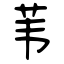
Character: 苇